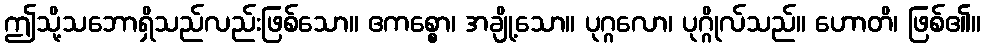
ဤသို့သဘောရှိသည်လည်းဖြစ်သော။ ဧကစ္စော၊ အချို့သော။ ပုဂ္ဂလော၊ ပုဂ္ဂိုလ်သည်။ ဟောတိ၊ ဖြစ်၏။